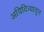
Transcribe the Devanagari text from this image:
अग्निदिव्यातून